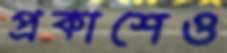
প্রকাশেও